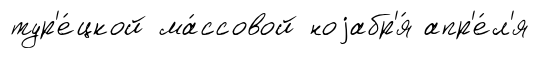
тур'е́цкой ма́ссовой ноjабр'я́ апр'е́л'я